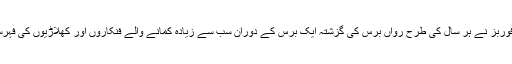
بین الاقوامی جریدے فوربز نے ہر سال کی طرح رواں برس کی گزشتہ ایک برس کے دوران سب سے زیادہ کمانے والے فنکاروں اور کھلاڑیوں کی فہرست جاری کردی ہے۔